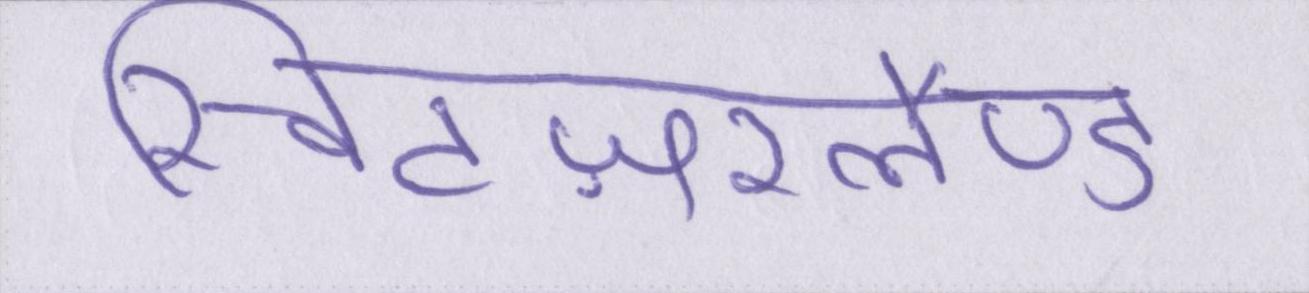
स्विटज़रलैण्ड